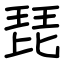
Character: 琵